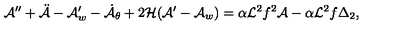
{ \cal A } ^ { \prime \prime } + \ddot { { \cal A } } - { \cal A } _ { w } ^ { \prime } - \dot { { \cal A } } _ { \theta } + 2 { \cal H } ( { \cal A } ^ { \prime } - { \cal A } _ { w } ) = \alpha { \cal L } ^ { 2 } f ^ { 2 } { \cal A } - \alpha { \cal L } ^ { 2 } f \Delta _ { 2 } ,